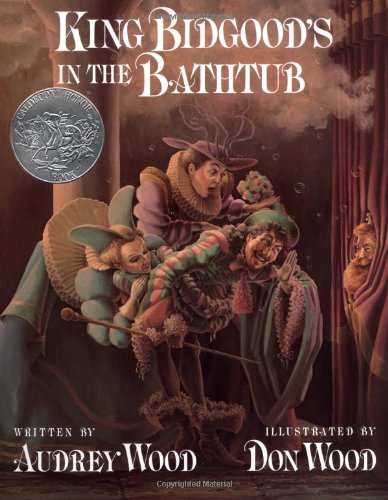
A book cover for King Bidgood's in the Bathtub; Audrey Wood; Children's Books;